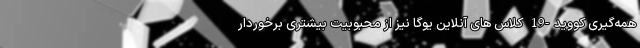
همه‌گیری کووید-19 کلاس های آنلاین یوگا نیز از محبوبیت بیشتری برخوردار